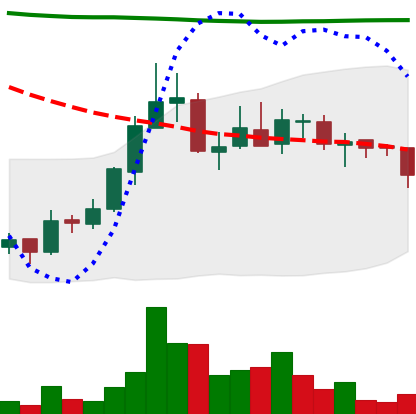
Ticker: ADA-USD
Chart end date: 2018-07-30
Forward return: -17.224%
Label: down_7plus